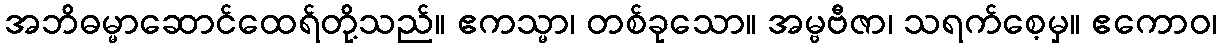
အဘိဓမ္မာဆောင်ထေရ်တို့သည်။ ဧကသ္မာ၊ တစ်ခုသော။ အမ္ဗဗီဇာ၊ သရက်စေ့မှ။ ဧကောဝ၊